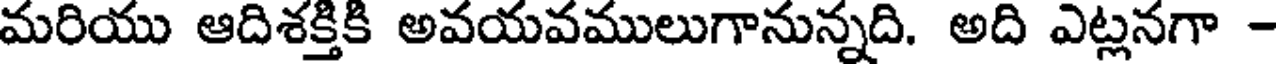
మరియు ఆదిశక్తికి అవయవములుగానున్నది. అది ఎట్లనగా -